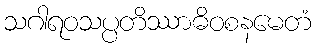
သဂါရဝသပ္ပတိဿာဓိဝစနမေတံ